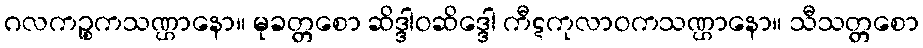
ဂလကဉ္စုကသဏ္ဌာနော။ မုခတ္တစော ဆိဒ္ဒါဝဆိဒ္ဒေါ ကီဋကုလာဝကသဏ္ဌာနော။ သီသတ္တစော